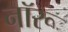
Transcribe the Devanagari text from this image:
नॉरू